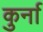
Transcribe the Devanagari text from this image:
कुर्ना